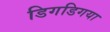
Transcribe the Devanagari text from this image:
डिगडिगया